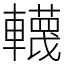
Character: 䡸